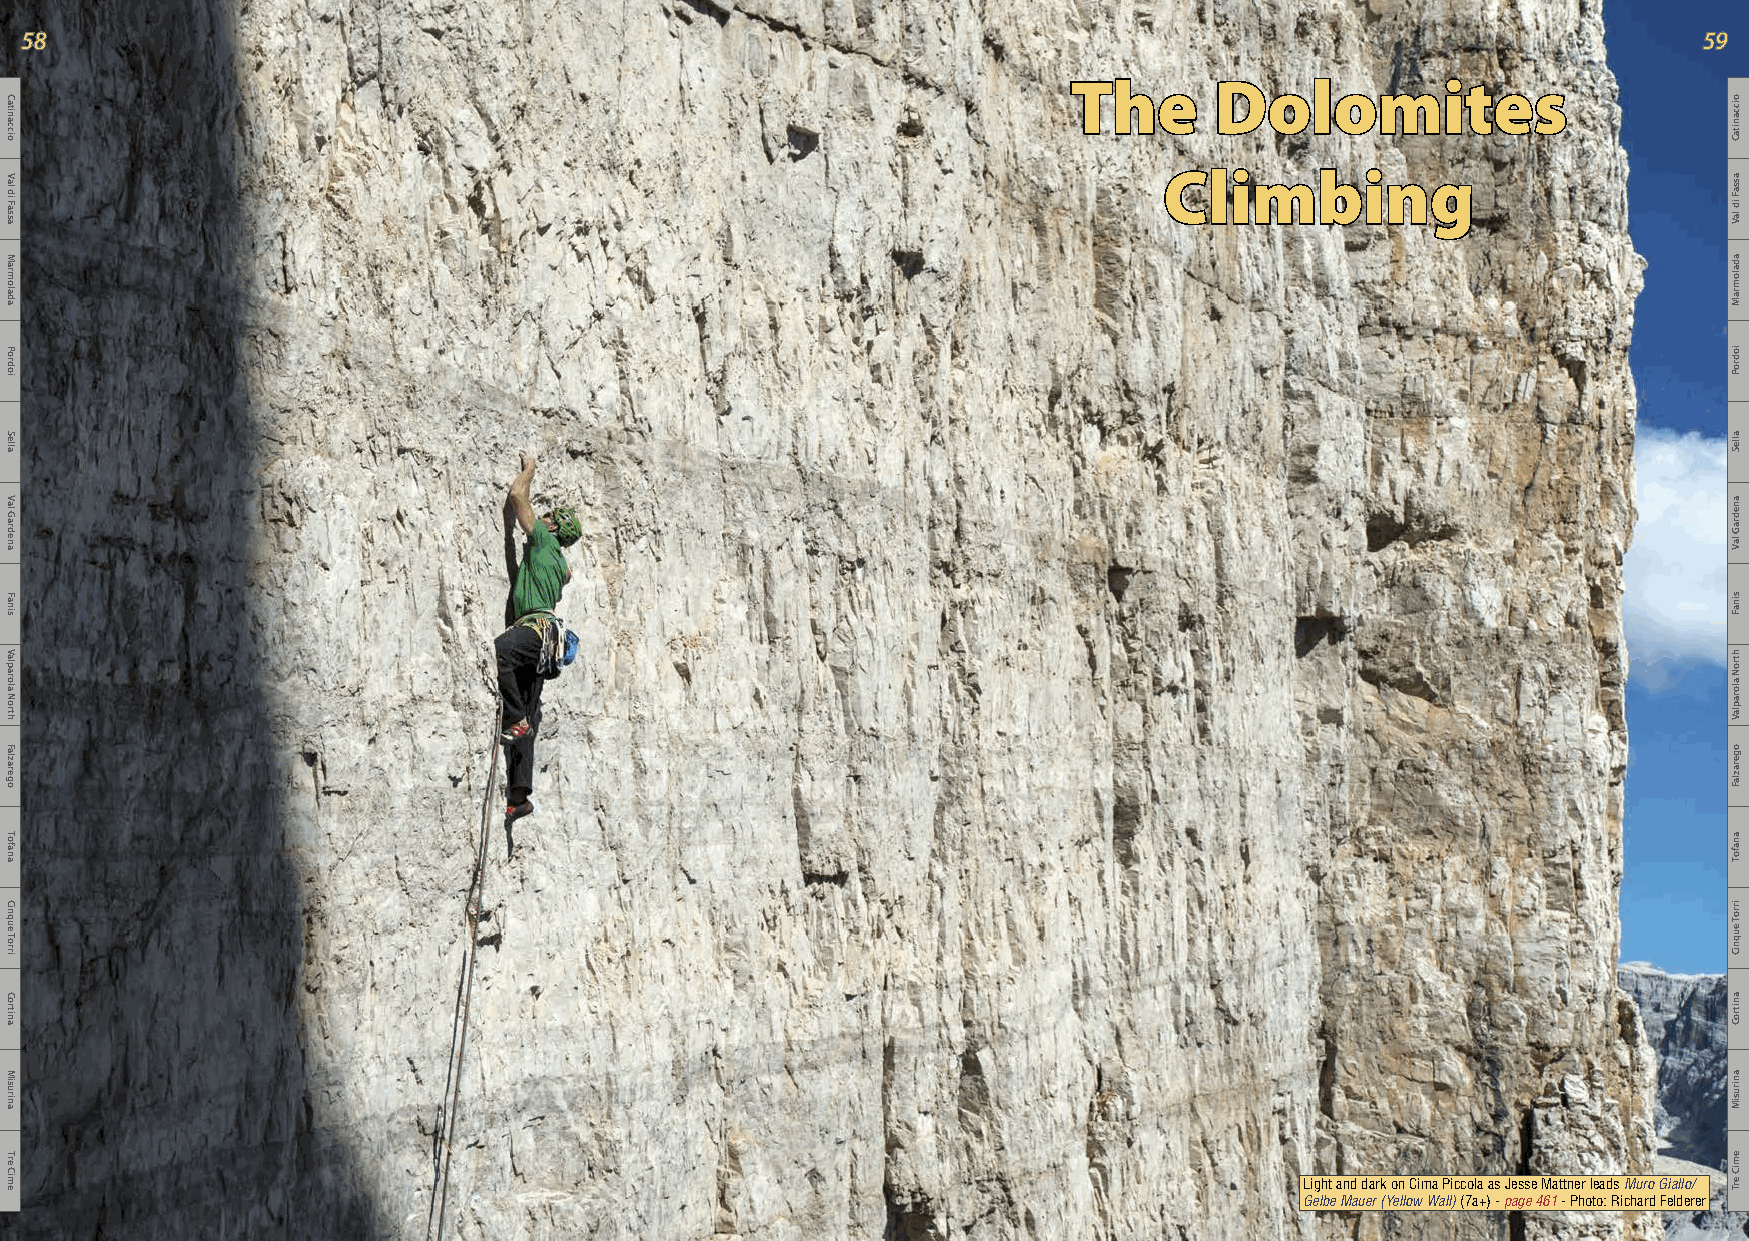
58                                                                                                              59
 The      Dolomites
 Climbing
 Light and dark on Cima Piccola as Jesse Mattner leads Muro Giallo/
 Gelbe Mauer (Yellow Wall) (7a+) - page 461 - Photo: Richard Felderer
 Catinaccio
 Val
 di
 Fassa
 Marmolada
 Pordoi
 Sella
 Val
 Gardena
 Fanis
 Valparola
 North
 Falzarego
 Tofana
 Cinque
 Torri
 Cortina
 Misurina
 Tre
 Cime
 oiccanitaC
 assaF
 id
 laV
 adalomraM
 iodroP
 alleS
 anedraG
 laV
 sinaF
 htroN
 aloraplaV
 ogerazlaF
 anafoT
 irroT
 euqniC
 anitroC
 anirusiM
 emiC
 erT